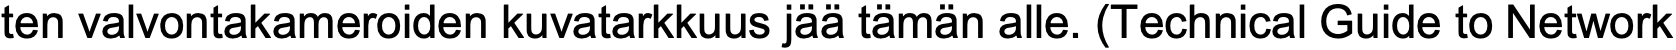
ten valvontakameroiden kuvatarkkuus jää tämän alle. (Technical Guide to Network